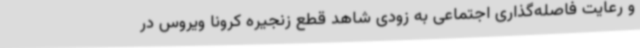
و رعایت فاصله‌گذاری اجتماعی به زودی شاهد قطع زنجیره کرونا ویروس در